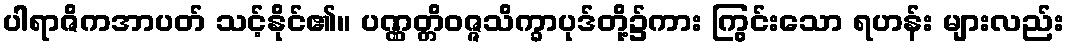
ပါရာဇိကအာပတ် သင့်နိုင်၏။ ပဏ္ဏတ္တိဝဇ္ဇသိက္ခာပုဒ်တို့၌ကား ကြွင်းသော ရဟန်း များလည်း